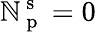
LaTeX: \mathbb{N}_{\mathrm{{~p~}}}^{\mathrm{{~s~}}}=0